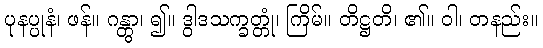
ပုနပ္ပုနံ၊ ဖန်။ ဂန္တွာ၊ ၍။ ဒွါဒသက္ခတ္တုံ၊ ကြိမ်။ တိဋ္ဌတိ၊ ၏။ ဝါ၊ တနည်း။